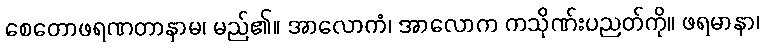
စေတောဖရဏတာနာမ၊ မည်၏။ အာလောကံ၊ အာလောက ကသိုဏ်းပညတ်ကို။ ဖရမာနာ၊